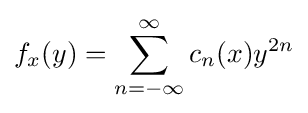
f_{x}(y)=\sum _{n=-\infty }^{\infty }c_{n}(x)y^{2n}